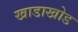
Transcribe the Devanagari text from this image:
खाडाखोड